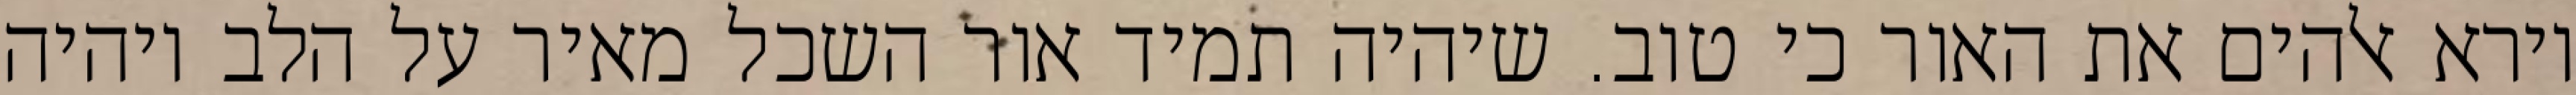
וירא אלהים את האור כי טוב. שיהיה תמיד אור השכל מאיר על הלב ויהיה